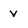
Character: V